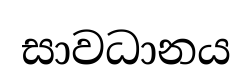
සාවධානය